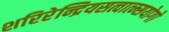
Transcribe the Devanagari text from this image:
शरिरेन्द्रियसत्वात्म्सयोगो